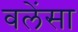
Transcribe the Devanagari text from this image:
वलेंसा